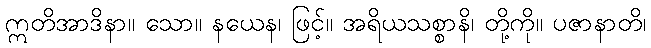
ဣတိအာဒိနာ။ သော။ နယေန၊ ဖြင့်။ အရိယသစ္စာနိ၊ တို့ကို။ ပဇာနာတိ၊